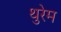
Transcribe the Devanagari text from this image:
थुरेम